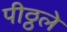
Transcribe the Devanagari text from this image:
पीठ्ठले